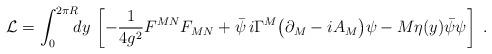
LaTeX: \begin{align*}{\cal L} = \int_0^{2\pi R}\!\!\! dy\, \left[-\frac{1}{4g^2} F^{MN}F_{MN}+\bar \psi\,i\Gamma^{M} \big(\partial_M -iA_M\big) \psi- M \eta(y) \bar\psi \psi\right] \;.\end{align*}